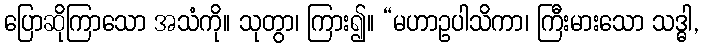
ပြောဆိုကြာသော အသံကို။ သုတွာ၊ ကြား၍။ “မဟာဥပါသိကာ၊ ကြီးမားသော သဒ္ဓါ,